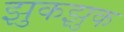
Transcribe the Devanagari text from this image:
झुकझुक